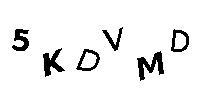
5KDVMD